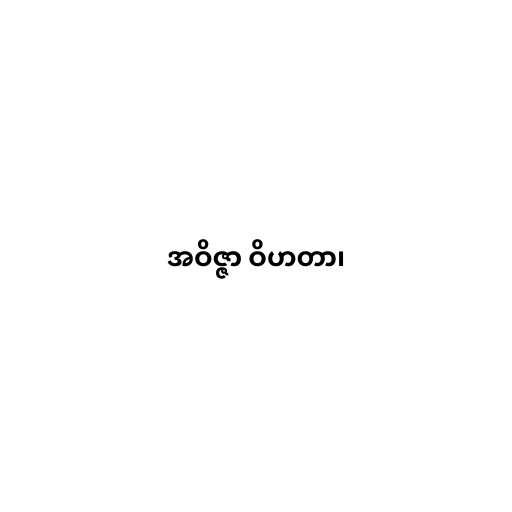
အဝိဇ္ဇာ ဝိဟတာ၊